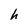
Character: h